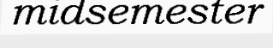
midsemester